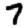
Digit: 7